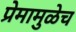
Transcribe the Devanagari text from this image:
प्रेमामुळेच